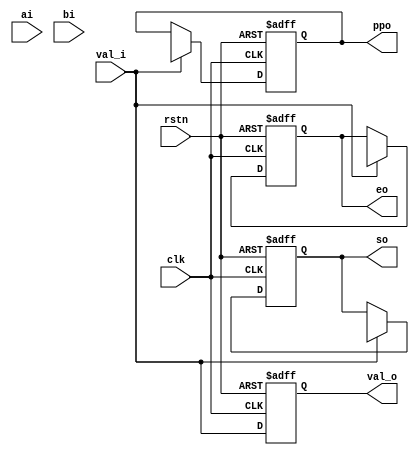
//------------------------------------------------------------------------------
  //
  //  Status         : phase 000
  //  Reset          : 2022-12-4
  //  Description    : [logic] to [generate all product]
  //
//------------------------------------------------------------------------------

module booth2_mul_all_pp_generator (
  // global
  clk     ,
  rstn    ,
  // dat_i
  val_i   ,
  ai      ,
  bi      ,
  // dat_o
  val_o   ,
  ppo     ,
  so      ,
  eo
);

//*** PARAMETER ****************************************************************
  parameter    MUL_IN_WD      = -1                              ;
  localparam   BOOTH2_TRA_WD  = 3                               ;
  localparam   PRODCUT_OUT_WD = MUL_IN_WD + 1                   ;
  localparam   BOOTH2_TRA_NUM = MUL_IN_WD / (BOOTH2_TRA_WD - 1) ;
//*** INPUT/OUTPUT *************************************************************
  // global
  input                                                    clk  ;
  input                                                    rstn ;
  input                                                    val_i;
  // dat_i
  input       [MUL_IN_WD                       - 1 : 0]    ai   ;
  input       [MUL_IN_WD                       - 1 : 0]    bi   ;
  // dat_o
  output  reg                                              val_o;
  output  reg [BOOTH2_TRA_NUM * PRODCUT_OUT_WD - 1 : 0]    ppo  ;
  output  reg [BOOTH2_TRA_NUM                  - 1 : 0]    so   ;
  output  reg [BOOTH2_TRA_NUM                  - 1 : 0]    eo   ;
//*** WIRE/REG *****************************************************************
  wire        [MUL_IN_WD                           : 0]    b_w  ;
  wire        [BOOTH2_TRA_NUM * PRODCUT_OUT_WD - 1 : 0]    pp_w ;
  wire        [BOOTH2_TRA_NUM                  - 1 : 0]    s_w  ;
  wire        [BOOTH2_TRA_NUM                  - 1 : 0]    e_w  ;
  // genvar
  genvar                                                   gvIdx;
//*** MAIN BODY ****************************************************************
  // output
  // val_o
  always @( posedge clk or negedge rstn ) begin
    if( !rstn ) begin
      val_o <= 1'b0 ;
    end
    else begin
      val_o <= val_i ;
    end
  end
  // ppo
  always @( posedge clk or negedge rstn ) begin
    if( !rstn ) begin
      ppo <= 'd0 ;
    end
    else begin
      if( val_i ) begin
        ppo <= pp_w ;
      end
    end
  end
  // so
  always @( posedge clk or negedge rstn ) begin
    if( !rstn ) begin
      so <= 'd0 ;
    end
    else begin
      if( val_i ) begin
        so <= s_w ;
      end
    end
  end
  // eo
  always @( posedge clk or negedge rstn ) begin
    if( !rstn ) begin
      eo <= 'd0 ;
    end
    else begin
      if( val_i ) begin
        eo <= e_w ;
      end
    end
  end

  // main
  generate
    for( gvIdx = 'd0 ;gvIdx < BOOTH2_TRA_NUM ;gvIdx = gvIdx + 'd1 ) begin : datPpGenStage
      booth2_mul_one_pp_generator #(
        .MUL_IN_WD ( MUL_IN_WD )
      ) one_pp_generator(
          .ai     ( ai ) ,
          .bi     ( b_w[ (gvIdx + 'd1) * (BOOTH2_TRA_WD - 'd1) -: BOOTH2_TRA_WD]  ) ,
          .ppo    ( pp_w[ (gvIdx + 'd1) * PRODCUT_OUT_WD - 'd1 -: PRODCUT_OUT_WD] ) ,
          .so     ( s_w[gvIdx]                                                    ) ,
          .eo     ( e_w[gvIdx]                                                    )
      ) ;
    end
  endgenerate
  
  assign b_w = {bi , 1'b0} ; 

//*** DEBUG ********************************************************************

  `ifdef DBUG
    // NULL
  `endif
endmodule